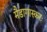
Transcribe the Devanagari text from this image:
मैडागास्करः